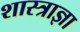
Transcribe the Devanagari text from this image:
शास्त्राज्ञा